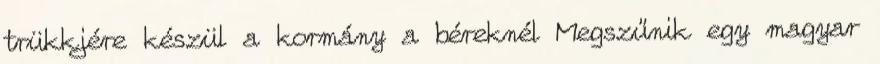
trükkjére készül a kormány a béreknél Megszűnik egy magyar